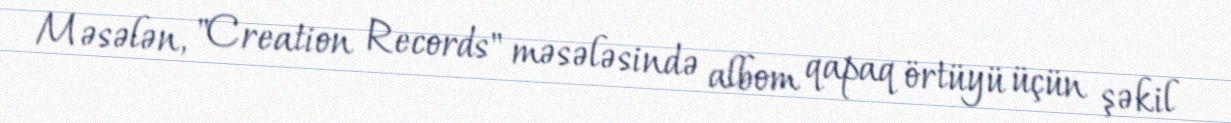
Məsələn, "Creation Records" məsələsində albom qapaq örtüyü üçün şəkil